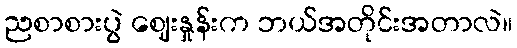
ညစာစားပွဲ ဈေးနှုန်းက ဘယ်အတိုင်းအတာလဲ။